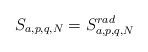
LaTeX: \begin{align*} S_{a,p,q,N} = S_{a,p,q,N} ^{rad}\end{align*}